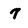
Character: 7